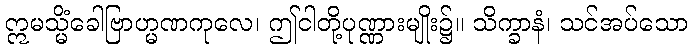
ဣမသ္မိံခေါဗြာဟ္မဏကုလေ၊ ဤငါတို့ပုဏ္ဏားမျိုး၌။ သိက္ခာနံ၊ သင်အပ်သော